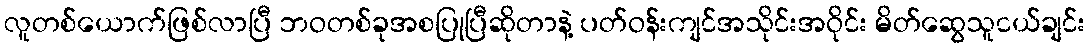
လူတစ်ယောက်ဖြစ်လာပြီ ဘဝတစ်ခုအစပြုပြီဆိုတာနဲ့ ပတ်ဝန်းကျင်အသိုင်းအဝိုင်း မိတ်ဆွေသူငယ်ချင်း